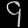
Digit: ၄